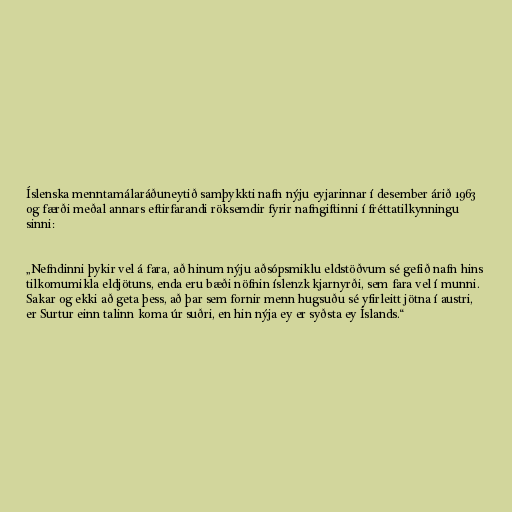
Íslenska menntamálaráðuneytið samþykkti nafn nýju eyjarinnar í desember árið 1963
og færði meðal annars eftirfarandi röksemdir fyrir nafngiftinni í fréttatilkynningu
sinni:

„Nefndinni þykir vel á fara, að hinum nýju aðsópsmiklu eldstöðvum sé gefið nafn hins
tilkomumikla eldjötuns, enda eru bæði nöfnin íslenzk kjarnyrði, sem fara vel í munni.
Sakar og ekki að geta þess, að þar sem fornir menn hugsuðu sé yfirleitt jötna í austri,
er Surtur einn talinn koma úr suðri, en hin nýja ey er syðsta ey Íslands.“